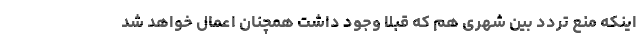
اینکه منع تردد بین شهری هم که قبلاً وجود داشت همچنان اعمال خواهد شد